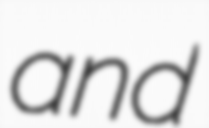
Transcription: and